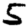
Digit: 5